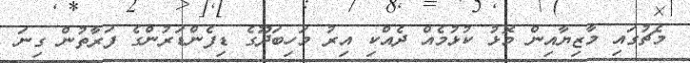
މެޗުގައި މާޒިޔާއިން މޮޅު ކުޅުމެއް ދެއްކި އިރު މަހިބަދޫގެ ޑިފެންޑަރުންގެ ފަރާތުން ގިނަ